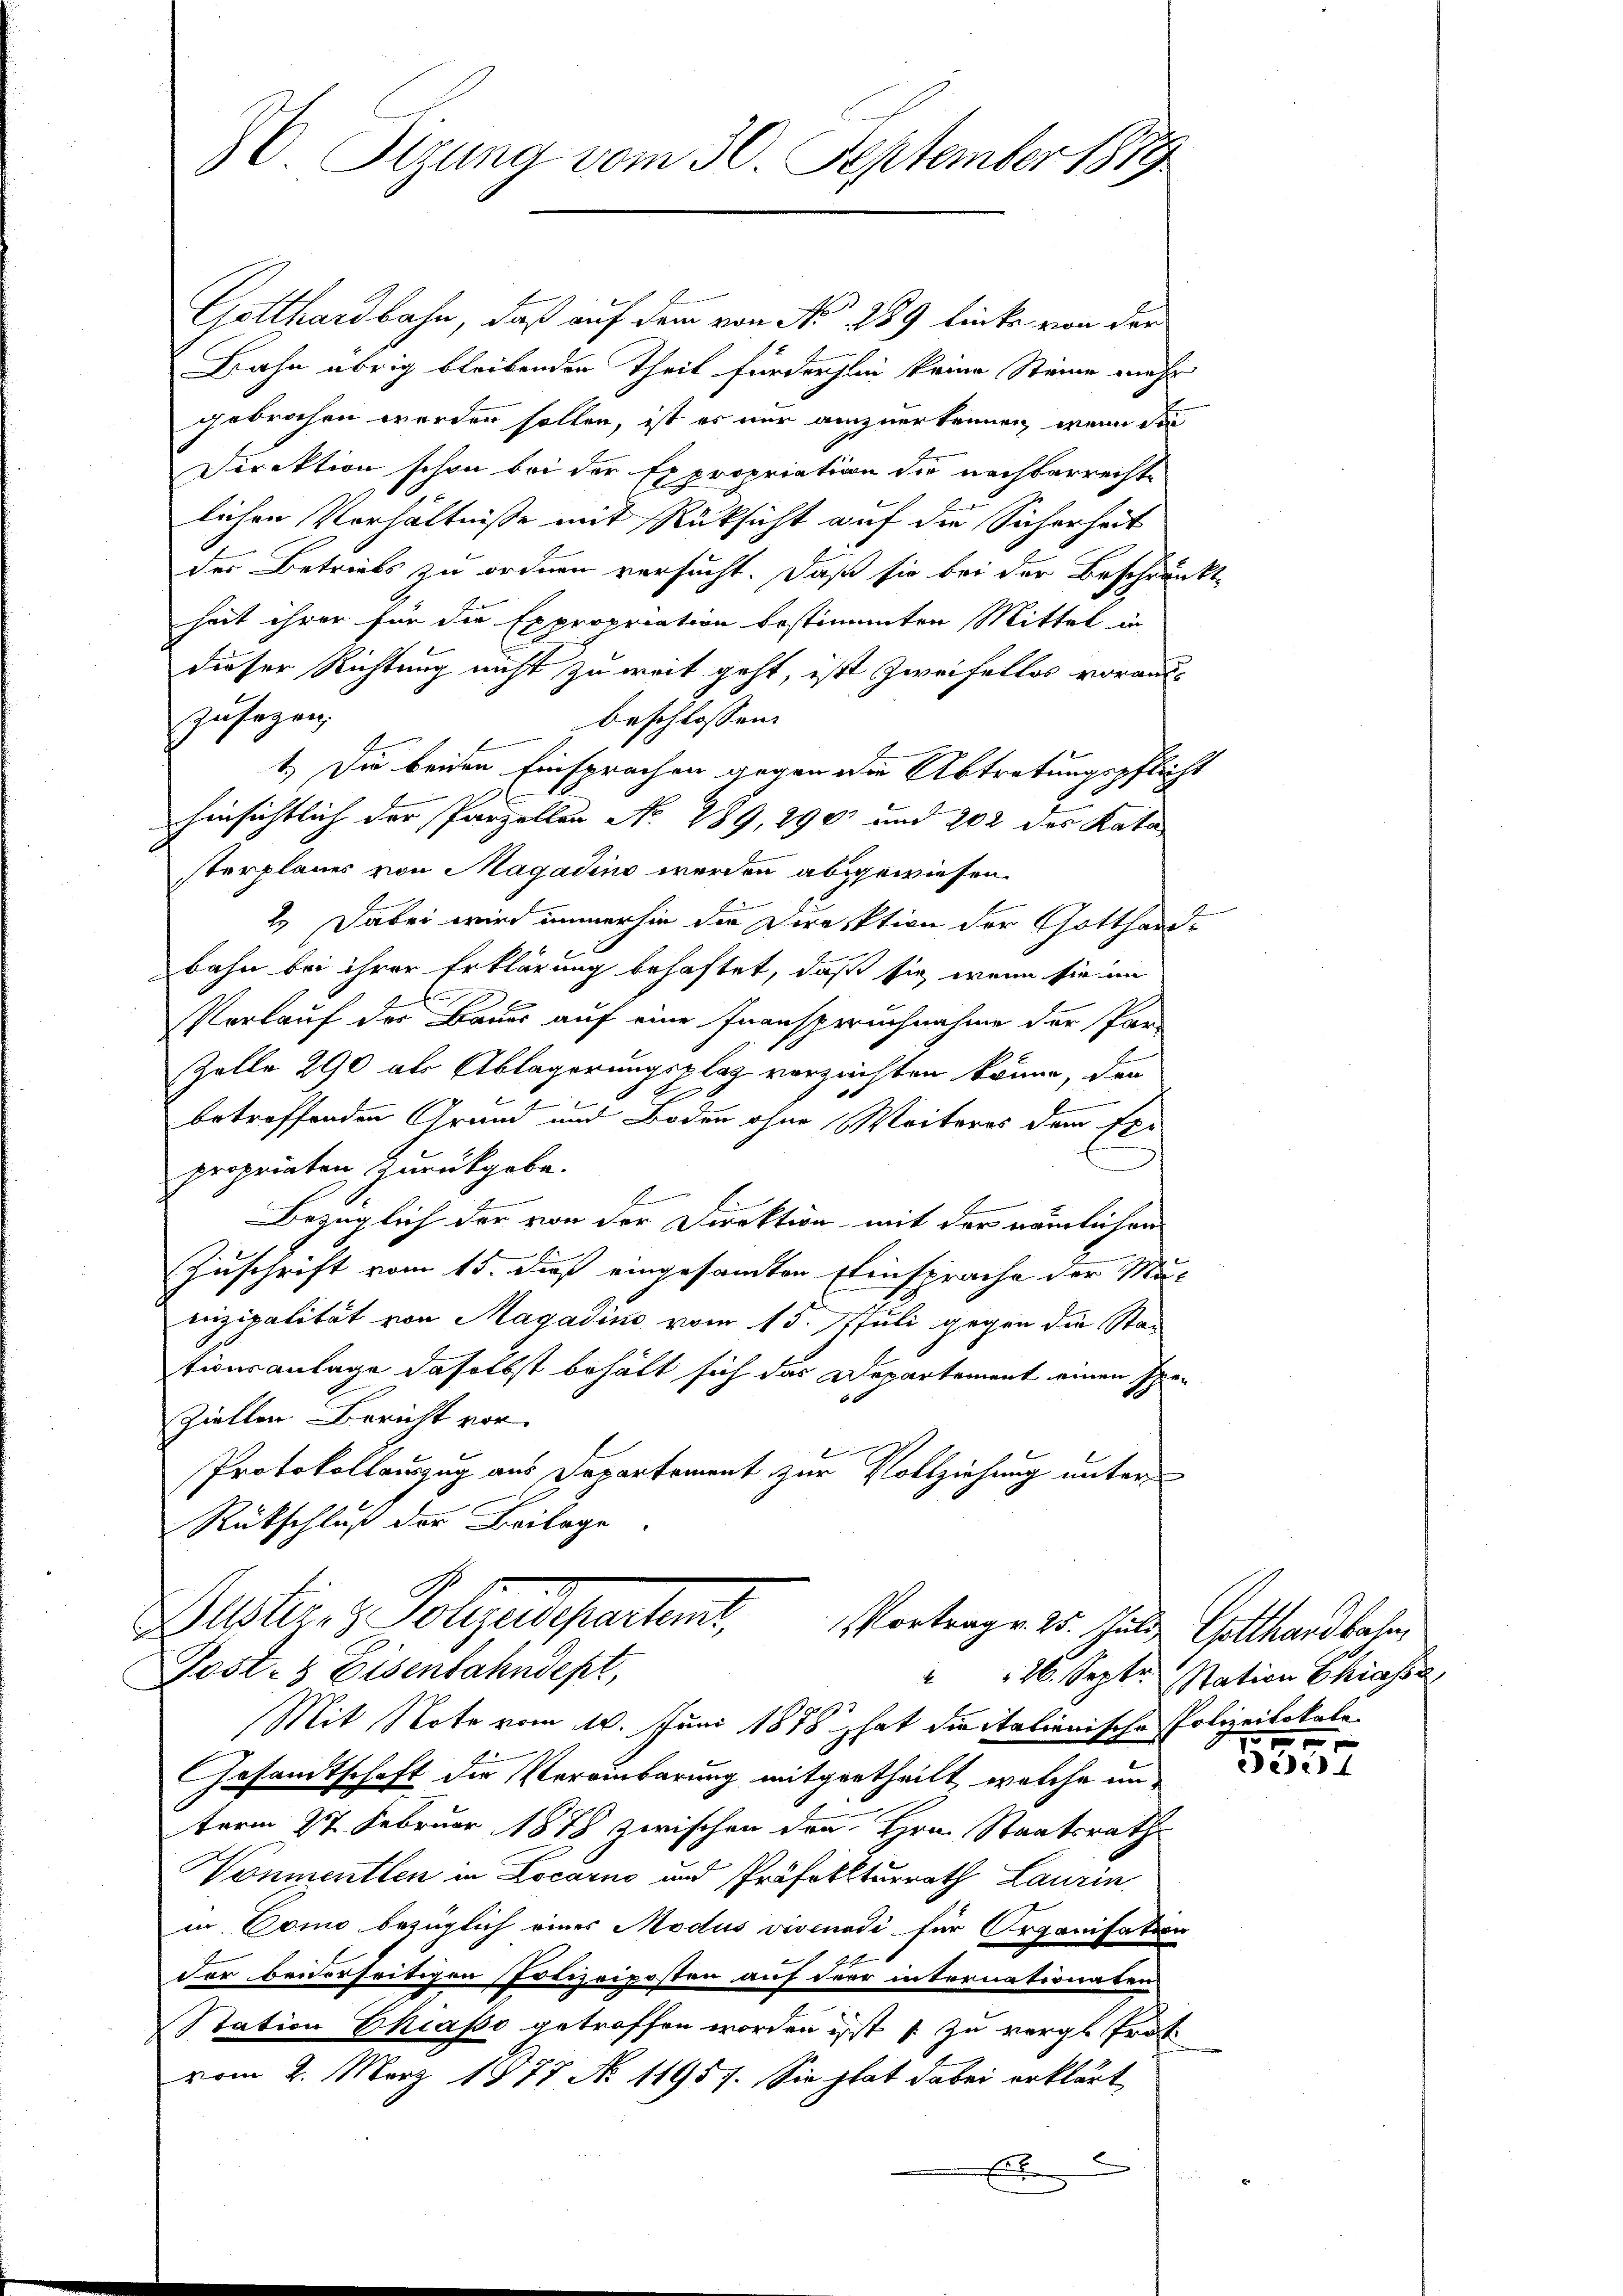
Gotthardbahn, daß auf dem von No 289 linke von der
Bahn übrig bleibenden Theil fürderhen keine Steine mehr
gebrochen werden sollen, ist es nur anzuerkennen, wenn die
Direktion schon bei der Expropriation die nachbarrechte
lichen Verhältnisse mit Rüksicht auf die Sicherheit
der Betriebs zu ordnen versucht. Daß sie bei der Beschränkte
heit ihrer für die Expropriation bestimmten Mittel in
dieser Richtung nicht zu weit geht, ist Zweifellos vorauszusagen.
beschlossen:
1.) Die beiden Einsprachen gegen die Abtretungspflicht
hinsichtlich der Parzellen No. 289, 290 und 202 des Kata
sterplanes von Magadino werden abgewiesen.
2. Dabei wird immerhin die Direktion der Gotthard¬
8
bahn bei ihrer Erklärung behaftet, daß sie wenn sie im
Verlauf der Bauer auf eine Inanspruchnahme der Par-
Zelle 290 als Ablagerungsplatz verzeichten könne, der
6
betreffenden Grund und Boden ohne Weiteres dem Exe
x
propriaten zurückgabe.
A
Bezüglich der von der Direktion mit der nämlichen
Zuschrift vom 15. dieß eingesamten Einsprache der Muenizipalität von Magadino vom 13. Juli gegen die Stationsanlage daselbst behält sich das Departement einen Exe-
x
ziellen Bericht vor
Protokollauszug aus Departement zur Vollziehung unter
Rückschluß der Beilage
Justiz- & Polizeidepartet, Vortrage dr. Hulte Collandlehen,

36 Sizung vom 30. September 1879.

Post- & Eisenbahndept,

Mit Note vom 10. Juni 1878 hat die italienische Polizeilokale
Gesandtschaft die Vereinbarung mitgetheilt, welche un
term 27. Februar 1878 zwischen den Hrn. Staatsrath
Vonmentlen in Locarno und Präfekturrath Laurin
u. Como bezüglich eines Modus vivenodi für Organisation
der beiderseitigen Polizeiposten auf der internationaten
Station Chiasso getroffen worden ist zu vergl. Trot
vom 2. März 1877 No 11957. Sie hat dabei erklärt
E

" 26. Septe Nation Chiassa
t

ede